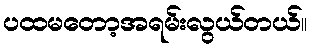
ပထမတော့အရမ်းလွယ်တယ်။